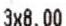
3X8.00